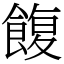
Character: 𩜲